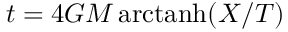
t = 4 G M \mathop { \mathrm { a r c t a n h } } ( X / T )